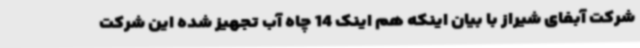
شرکت آبفای شیراز با بیان اینکه هم اینک 14 چاه آب تجهیز شده این شرکت